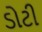
ડોટી